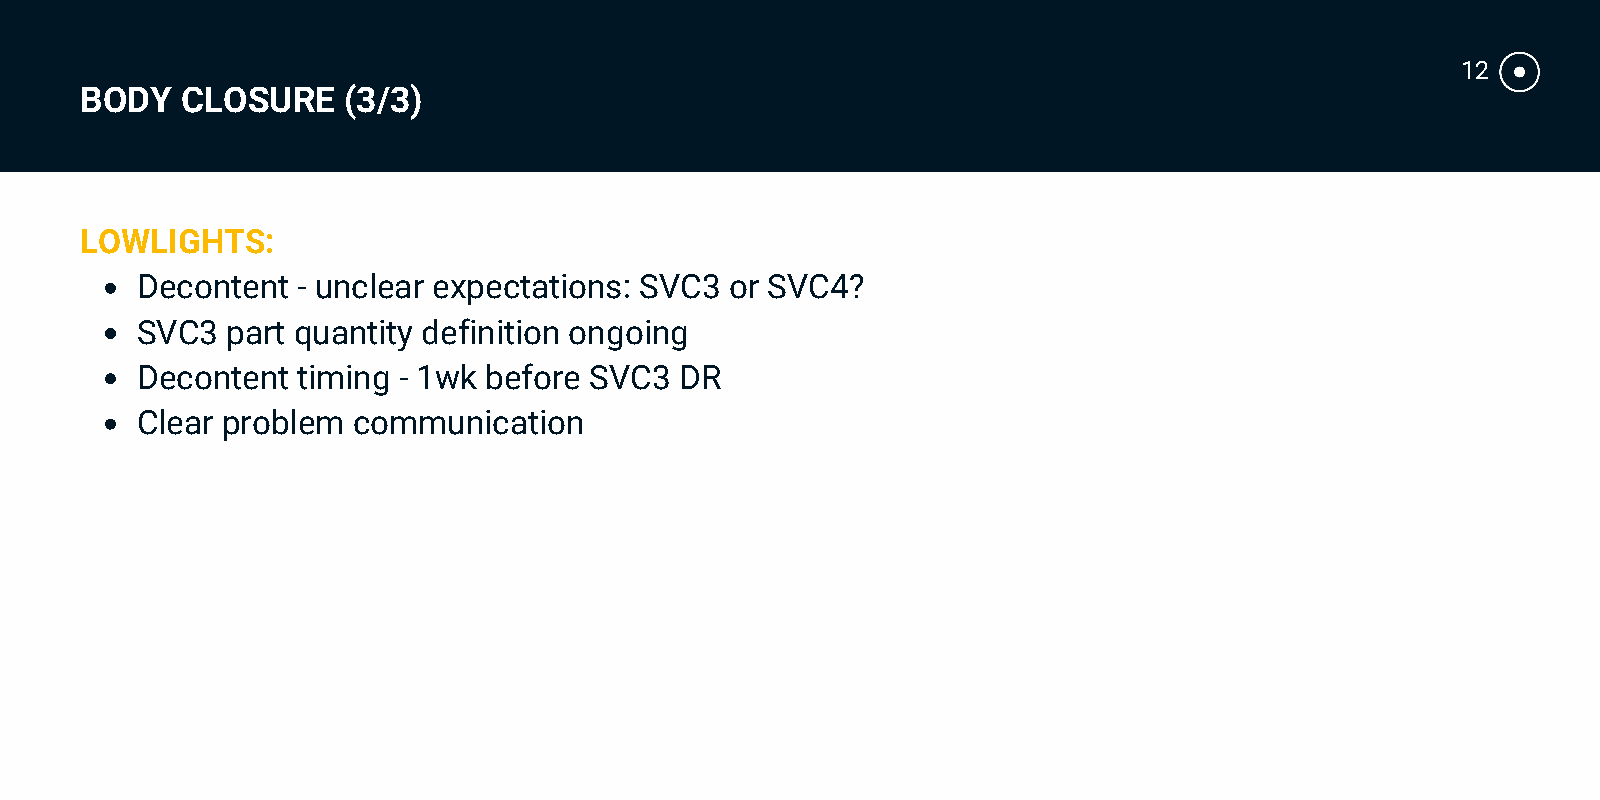
12
 BODY   CLOSURE    (3/3)
 LOWLIGHTS:
 Decontent  - unclear expectations: SVC3 or SVC4?
 SVC3  part quantity definition ongoing
 Decontent  timing - 1wk before SVC3 DR
 Clear problem communication